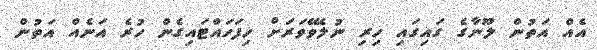
އެއް އަތުން ލޫނާގެ ގައިގައި ހިރި ނުލެވޭވަރަށް ހިފަހައްޓައިގެން ހުރެ އަނެއް އަތުން